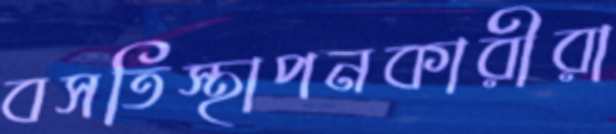
বসতিস্থাপনকারীরা